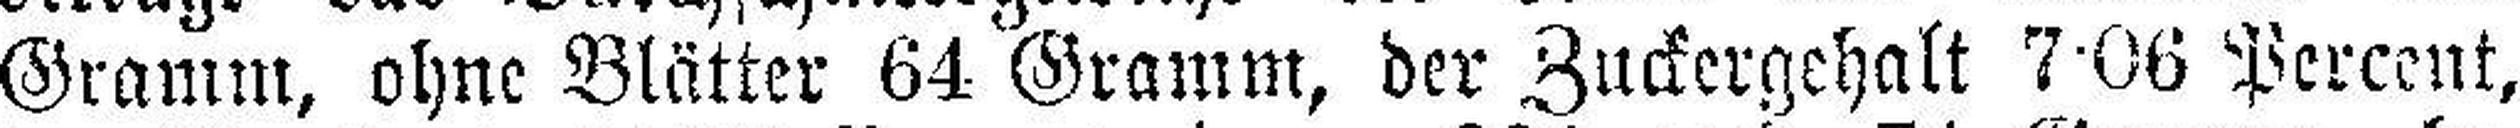
Gramm, ohne Blätter 64 Gramm, der Zuckergehalt 7·06 Percent,